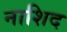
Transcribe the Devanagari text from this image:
नाशिद